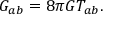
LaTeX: G _ { a b } = 8 \pi G T _ { a b } .